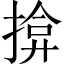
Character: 揜